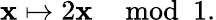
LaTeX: \mathbf{x}\mapsto2\mathbf{x}\mod1.